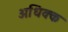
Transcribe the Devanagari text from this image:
अधिक्क